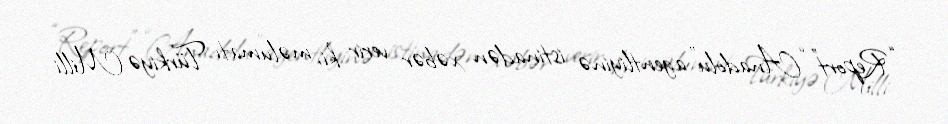
“Report” “Anadolu” agentliyinə istinadən xəbər verir ki, məlumatı Türkiyə Milli